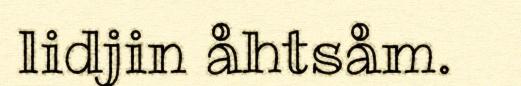
lidjin åhtsåm.